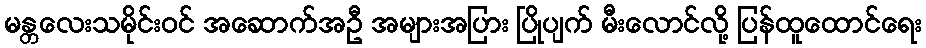
မန္တလေးသမိုင်းဝင် အဆောက်အဦ အများအပြား ပြိုပျက် မီးလောင်လို့ ပြန်ထူထောင်ရေး